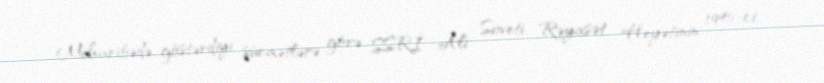
Müharibədə göstərdiyi şücaətlərə görə SSRİ Ali Soveti Rəyasət Heyətinin 1945-ci